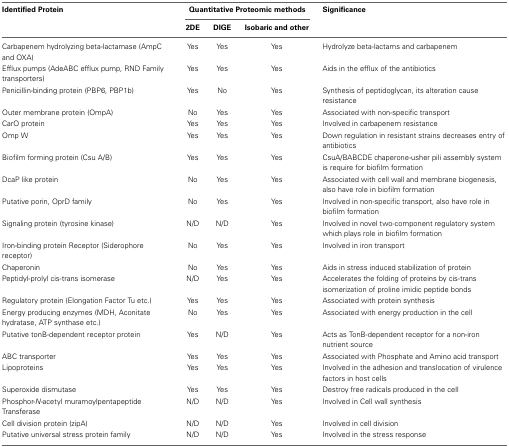
<table><thead><tr><td><b>Identified Protein</b></td><td colspan="3"><b>Quantitative Proteomic methods</b></td><td><b>Significance</b></td></tr><tr><td></td><td><b>2DE</b></td><td><b>DIGE</b></td><td><b>Isobaric and other</b></td><td></td></tr></thead><tbody><tr><td>Carbapenem hydrolyzing beta-lactamase (AmpC and OXA)</td><td>Yes</td><td>Yes</td><td>Yes</td><td>Hydrolyze beta-lactams and carbapenem</td></tr><tr><td>Efflux pumps (AdeABC efflux pump, RND Family transporters)</td><td>Yes</td><td>Yes</td><td>Yes</td><td>Aids in the efflux of the antibiotics</td></tr><tr><td>Penicillin-binding protein (PBP6, PBP1b)</td><td>Yes</td><td>No</td><td>Yes</td><td>Synthesis of peptidoglycan, its alteration cause resistance</td></tr><tr><td>Outer membrane protein (OmpA)</td><td>No</td><td>Yes</td><td>Yes</td><td>Associated with non-specific transport</td></tr><tr><td>CarO protein</td><td>Yes</td><td>Yes</td><td>Yes</td><td>Involved in carbapenem resistance</td></tr><tr><td>Omp W</td><td>Yes</td><td>Yes</td><td>Yes</td><td>Down regulation in resistant strains decreases entry of antibiotics</td></tr><tr><td>Biofilm forming protein (Csu A/B)</td><td>Yes</td><td>Yes</td><td>Yes</td><td>CsuA/BABCDE chaperone-usher pili assembly system is require for biofilm formation</td></tr><tr><td>DcaP like protein</td><td>No</td><td>Yes</td><td>Yes</td><td>Associated with cell wall and membrane biogenesis, also have role in biofilm formation</td></tr><tr><td>Putative porin, OprD family</td><td>No</td><td>Yes</td><td>Yes</td><td>Involved in non-specific transport, also have role in biofilm formation</td></tr><tr><td>Signaling protein (tyrosine kinase)</td><td>N/D</td><td>N/D</td><td>Yes</td><td>Involved in novel two-component regulatory system which plays role in biofilm formation</td></tr><tr><td>Iron-binding protein Receptor (Siderophore receptor)</td><td>No</td><td>Yes</td><td>Yes</td><td>Involved in iron transport</td></tr><tr><td>Chaperonin</td><td>No</td><td>Yes</td><td>Yes</td><td>Aids in stress induced stabilization of protein</td></tr><tr><td>Peptidyl-prolyl cis-trans isomerase</td><td>N/D</td><td>Yes</td><td>Yes</td><td>Accelerates the folding of proteins by cis-trans isomerization of proline imidic peptide bonds</td></tr><tr><td>Regulatory protein (Elongation Factor Tu etc.)</td><td>Yes</td><td>Yes</td><td>Yes</td><td>Associated with protein synthesis</td></tr><tr><td>Energy producing enzymes (MDH, Aconitate hydratase, ATP synthase etc.)</td><td>No</td><td>Yes</td><td>Yes</td><td>Associated with energy production in the cell</td></tr><tr><td>Putative tonB-dependent receptor protein</td><td>Yes</td><td>N/D</td><td>Yes</td><td>Acts as TonB-dependent receptor for a non-iron nutrient source</td></tr><tr><td>ABC transporter</td><td>Yes</td><td>Yes</td><td>Yes</td><td>Associated with Phosphate and Amino acid transport</td></tr><tr><td>Lipoproteins</td><td>Yes</td><td>Yes</td><td>Yes</td><td>Involved in the adhesion and translocation of virulence factors in host cells</td></tr><tr><td>Superoxide dismutase</td><td>Yes</td><td>Yes</td><td>Yes</td><td>Destroy free radicals produced in the cell</td></tr><tr><td>Phosphor-<i>N</i>-acetyl muramoylpentapeptide Transferase</td><td>N/D</td><td>N/D</td><td>Yes</td><td>Involved in Cell wall synthesis</td></tr><tr><td>Cell division protein (zipA)</td><td>N/D</td><td>N/D</td><td>Yes</td><td>Involved in cell division</td></tr><tr><td>Putative universal stress protein family</td><td>N/D</td><td>N/D</td><td>Yes</td><td>Involved in the stress response</td></tr></tbody></table>